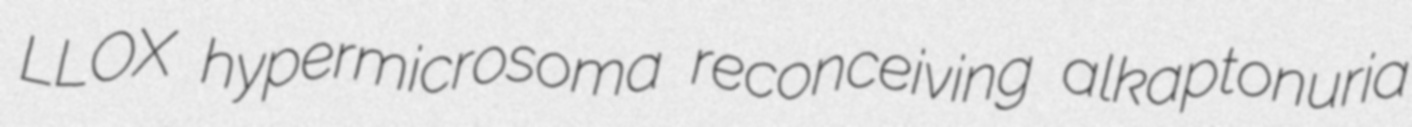
LLOX hypermicrosoma reconceiving alkaptonuria